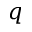
q